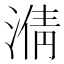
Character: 𣹥